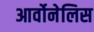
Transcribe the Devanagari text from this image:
आर्वोनेलिस